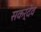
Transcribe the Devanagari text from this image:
सकर्देव